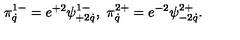
\pi _ { \dot { q } } ^ { 1 - } = e ^ { + 2 } \psi _ { + 2 \dot { q } } ^ { 1 - } , \ \pi _ { \dot { q } } ^ { 2 + } = e ^ { - 2 } \psi _ { - 2 \dot { q } } ^ { 2 + } .